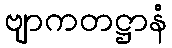
ဗျာကတဋ္ဌာနံ